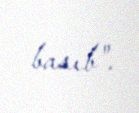
basıb".